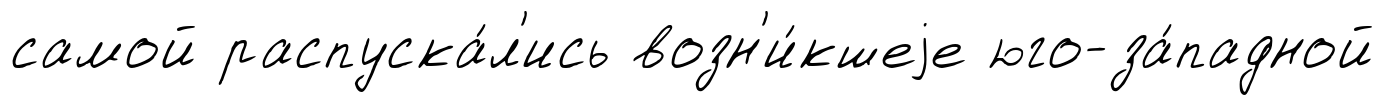
самой распуска́л'ись возн'и́кшеjе юго-за́падной